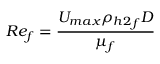
R e _ { f } = \frac { U _ { m a x } { \rho _ { h 2 } } _ { f } D } { \mu _ { f } }